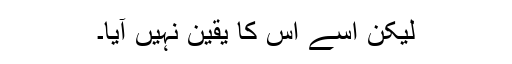
لیکن اسے اس کا یقین نہیں آیا۔